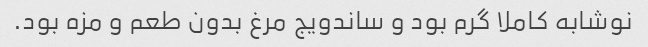
نوشابه کاملا گرم بود و ساندویج مرغ بدون طعم و مزه بود.